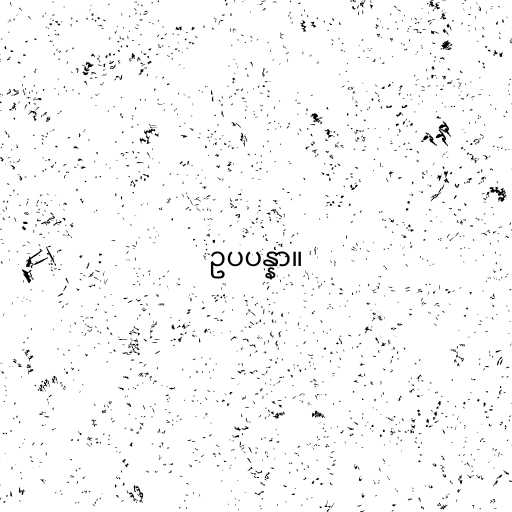
ဥပပန္နာ။